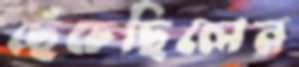
ছেঁচেছিলেন